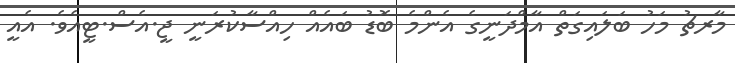
މާރޗު މަހު ބަލައިގަތް އާމްދަނީގެ އެންމެ ބޮޑު ބައެއް ހިއްސާކުރަނީ ޖީ.އެސް.ޓީއެވެ. އެއީ